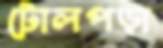
টোলপড়া